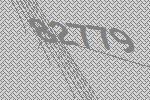
82779